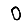
Digit: 0